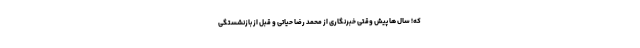
که! سال ها پیش وقتی خبرنگاری از محمد رضا حیاتی و قبل از بازنشستگی